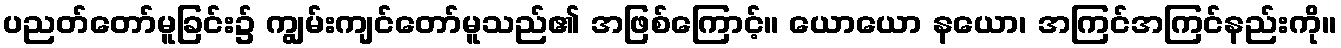
ပညတ်တော်မူခြင်း၌ ကျွမ်းကျင်တော်မူသည်၏ အဖြစ်ကြောင့်။ ယောယော နယော၊ အကြင်အကြင်နည်းကို။